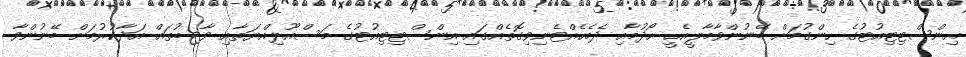
އިންސްޓިޓިއުޓުގެ ހިންގުމަށް ބޭނުންވާމާލީއެހީ ހޯދުމާއި ދެމެހެއްޓެނިވިގޮތެއްގައި އިންސްޓިޓިއުޓުގެ މަސްއޫލިއްޔަތާއި ވާޖިބުތައް އަދާކުރުމަށް ބޭނުންވާ